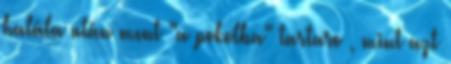
halála után ment "a pokolba" tartaro , mint azt